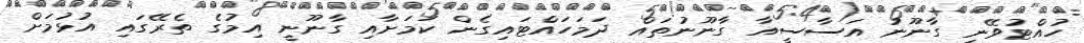
ހުއްޓުވޭނީ ގާނޫނު އަސާސީއާ ގާނޫނުތައް ދަމަހައްޓައިގެން ކަމަށާއި ގާނޫނީ އިމުގެ ތެރޭގައި އުޅުމަށް